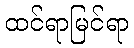
ထင်ရာမြင်ရာ